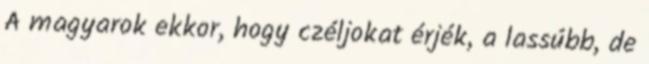
A magyarok ekkor, hogy czéljokat érjék, a lassúbb, de